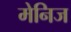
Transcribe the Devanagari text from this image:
मेनिज